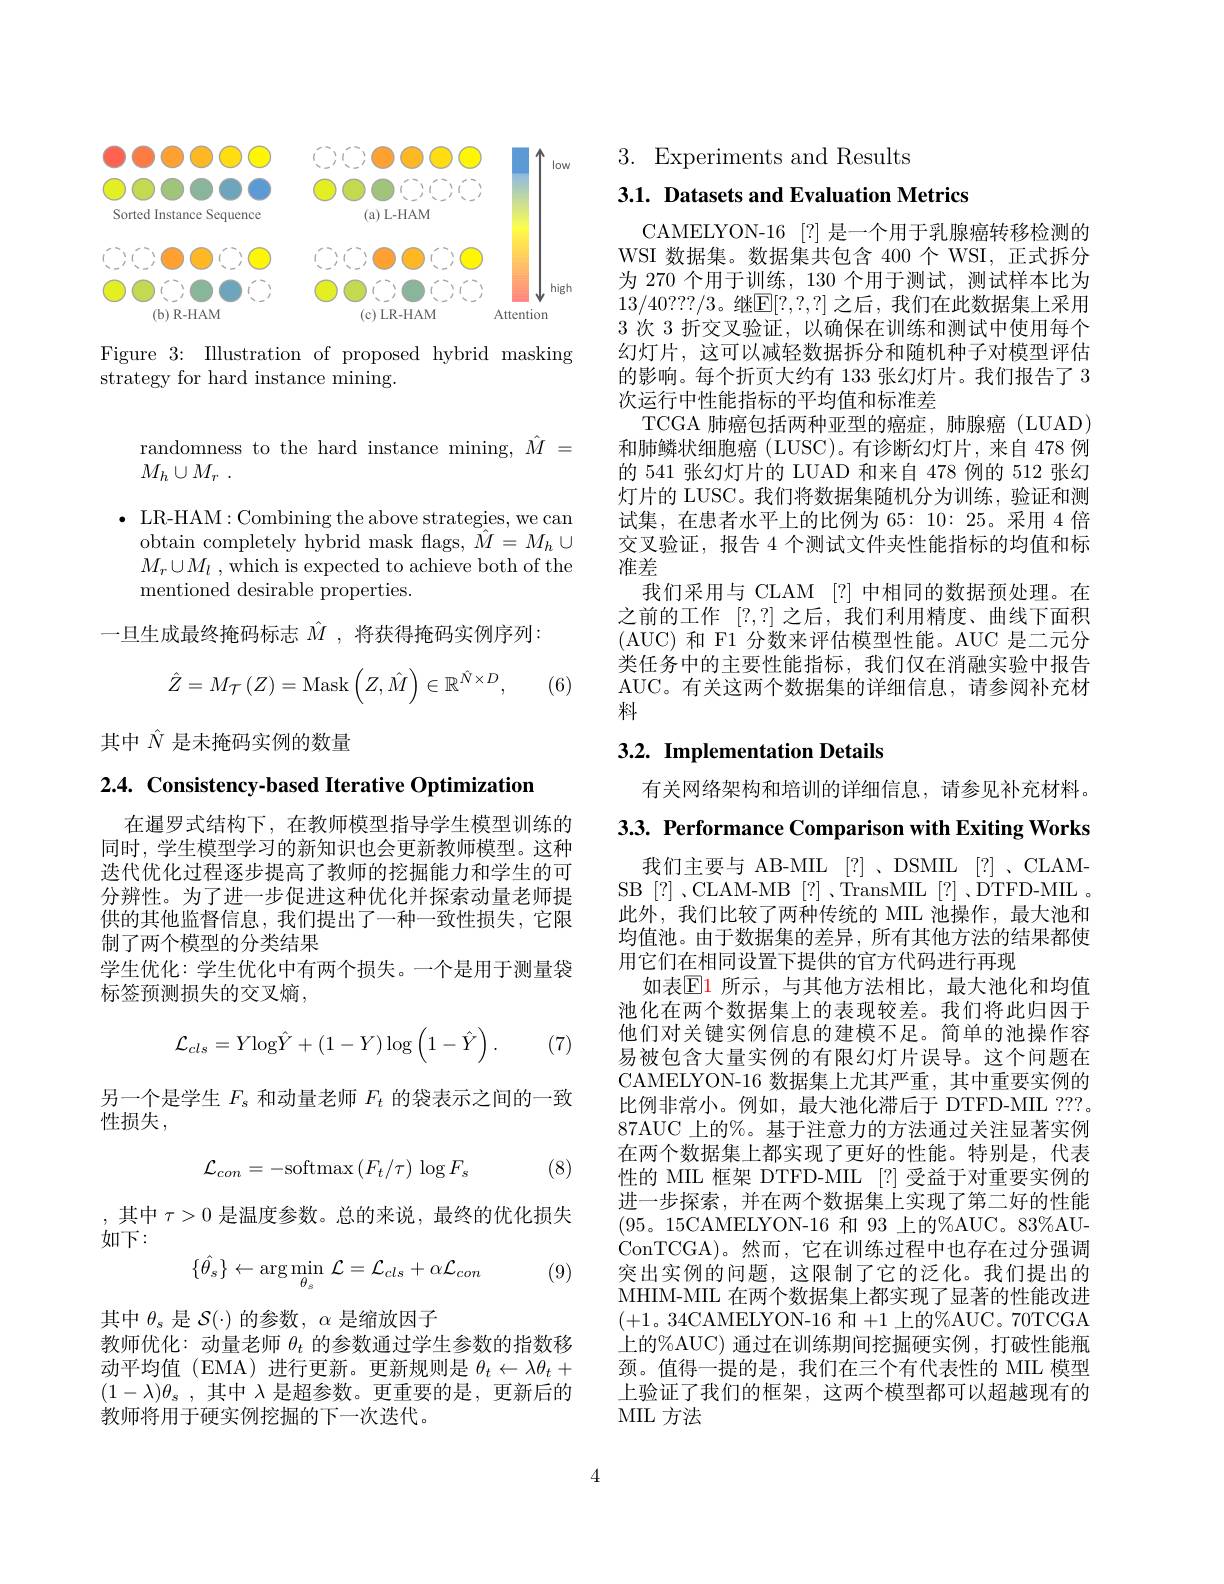
<FigureHere>

Figure 3: Illustration of proposed hybrid masking
strategy for hard instance mining.

randomness to the hard instance mining, $\hat{M}=$
$M_h\cup M_r$ .

$\bullet$ LR-HAM:Combining the above strategies, we can
obtain completely hybrid mask flags, $\bar{M}=M_h\cup$ $M_r\cup M_l$ , which is expected to achieve both of the mentioned desirable properties.
一旦生成最终掩码标志$\hat{M}$ ,将获得掩码实例序列：
$$\hat{Z}=M_{\mathcal{T}}\left(Z\right)=\mathrm{Mask}\left(Z,\hat{M}\right)\in\mathbb{R}^{\hat{N}\times D},$$
(6)

其中$\hat{N}$是未掩码实例的数量

2.4. Consistency-based Iterative Optimization

在暹罗式结构下，在教师模型指导学生模型训练的同时，学生模型学习的新知识也会更新教师模型。这种迭代优化过程逐步提高了教师的挖掘能力和学生的可分辨性。为了进一步促进这种优化并探索动量老师提供的其他监督信息，我们提出了一种一致性损失，它限制了两个模型的分类结果
学生优化：学生优化中有两个损失。一个是用于测量袋
标签预测损失的交叉熵，

(7)
$$\mathcal{L}_{cls}=Y\mathrm{log}\hat{Y}+(1-Y)\log\left(1-\hat{Y}\right).$$
另一个是学生$F_\mathrm{s}$和动量老师$F_t$的袋表示之间的一致
性损失，
$$\mathcal{L}_{con}=-\mathrm{softmax}\left(F_{t}/\tau\right)\:\log F_{s}$$
(8)

,其中$\tau>0$是温度参数。总的来说，最终的优化损失
如下：

(9)
$$\{\hat{\theta_s}\}\leftarrow\arg\min_{\theta_s}\mathcal{L}=\mathcal{L}_{cls}+\alpha\mathcal{L}_{con}$$
其中$\theta_s$是$\mathcal{S}(\cdot)$的参数，$\alpha$是缩放因子
教师优化：动量老师$\theta_t$的参数通过学生参数的指数移动平均值(EMA)进行更新。更新规则是$\theta_t\leftarrow\lambda\theta_t+$ $( 1- \lambda ) \theta _s$ ,其中$\lambda$是超参数。更重要的是，更新后的教师将用于硬实例挖掘的下一次迭代。

3. Experiments and Results

3.1. Datasets and Evaluation Metrics

CAMELYON-16 [?] 是一个用于乳腺癌转移检测的WSI 数据集。数据集共包含 400个 WSI, 正式拆分为 270 个用于训练，130 个用于测试，测试样本比为13/40???/3。继$\mathbb{E}[?,?,?]$ 之后，我们在此数据集上采用3 次 3 折交叉验证，以确保在训练和测试中使用每个幻灯片，这可以减轻数据拆分和随机种子对模型评估的影响。每个折页大约有 133 张幻灯片。我们报告了 3次运行中性能指标的平均值和标准差
TCGA 肺癌包括两种亚型的癌症，肺腺癌(LUAD) 和肺鳞状细胞癌(LUSC)。有诊断幻灯片，来自 478 例的 541 张幻灯片的 LUAD 和来自 478 例的 512 张幻灯片的 LUSC。我们将数据集随机分为训练，验证和测试集，在患者水平上的比例为 65: 10: 25。采用 4 倍交叉验证，报告 4 个测试文件夹性能指标的均值和标准差
我们采用与 CLAM [?] 中相同的数据预处理。在之前的工作[?,?]之后，我们利用精度、曲线下面积(AUC)和 F1 分数来评估模型性能。AUC 是二元分类任务中的主要性能指标，我们仅在消融实验中报告AUC。有关这两个数据集的详细信息，请参阅补充材料

## $3. 2. \textbf{Implementation Details}$

有关网络架构和培训的详细信息，请参见补充材料。

3.3. Performance Comparison with Exiting Works
我们主要与 AB-MIL [?]、DSMIL [?]、CLAMSB[?]、CLAM-MB[?]、TransMIL[?]、DTFD-MIL。此外，我们比较了两种传统的 MIL 池操作，最大池和均值池。由于数据集的差异，所有其他方法的结果都使用它们在相同设置下提供的官方代码进行再现
如表$\mathbb{E}$1 所示，与其他方法相比，最大池化和均值池化在两个数据集上的表现较差。我们将此归因于他们对关键实例信息的建模不足。简单的池操作容易被包含大量实例的有限幻灯片误导。这个问题在CAMELYON-16 数据集上尤其严重，其中重要实例的比例非常小。例如，最大池化滞后于 DTFD-MIL ???. 87AUC 上的%。基于注意力的方法通过关注显著实例在两个数据集上都实现了更好的性能。特别是，代表性的 MIIL 框架 DTFD-MIL [?]受益于对重要实例的进一步探索，并在两个数据集上实现了第二好的性能(95。15CAMELYON-16 和 93 上的%AUC。83%AUConTCGA)。然而，它在训练过程中也存在过分强调突出实例的问题，这限制了它的泛化。我们提出的MHIM-MIIL 在两个数据集上都实现了显著的性能改进(+1。34CAMELYON-16 和+1 上的%AUC。70TCGA 上的%AUC) 通过在训练期间挖掘硬实例，打破性能瓶颈。值得一提的是，我们在三个有代表性的 MIL 模型上验证了我们的框架，这两个模型都可以超越现有的MIL 方法

4